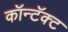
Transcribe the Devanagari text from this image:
कॉन्टॅक्ट